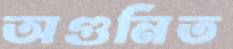
অগুনিত